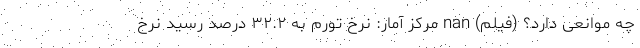
چه موانعی دارد؟ (فیلم) nan مرکز آمار: نرخ تورم به ۳۲.۲ درصد رسید نرخ